Annual report of the Punjab Veterinary College and of the Civil Veterinary Department, Punjab - 1894-1908
Year: 1894
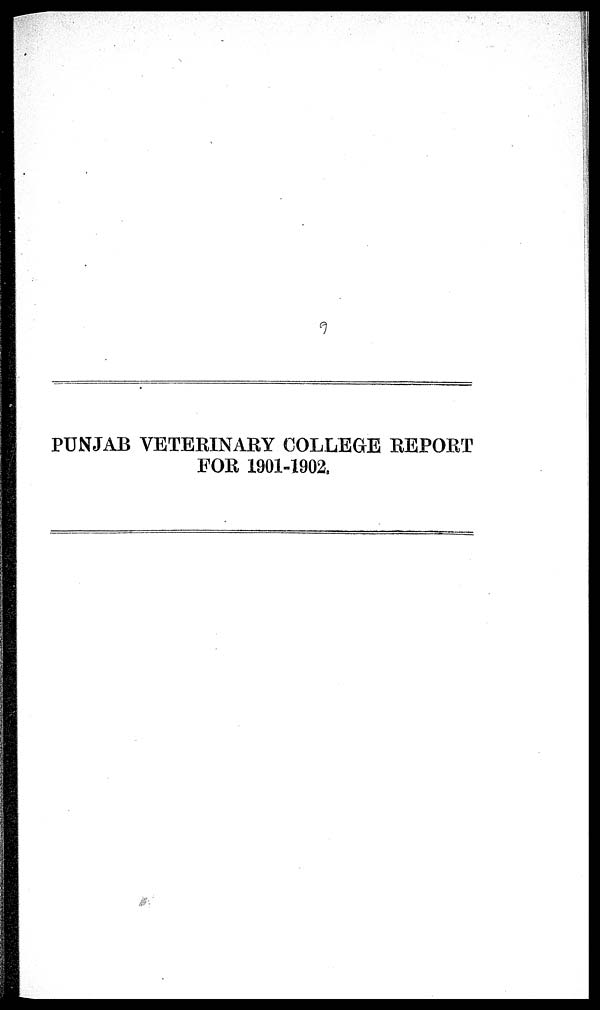
PUNJAB VETERINARY COLLEGE REPORT
FOR 1901-1902.